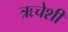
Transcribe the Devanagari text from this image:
ऋचेशी